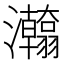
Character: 𱪖